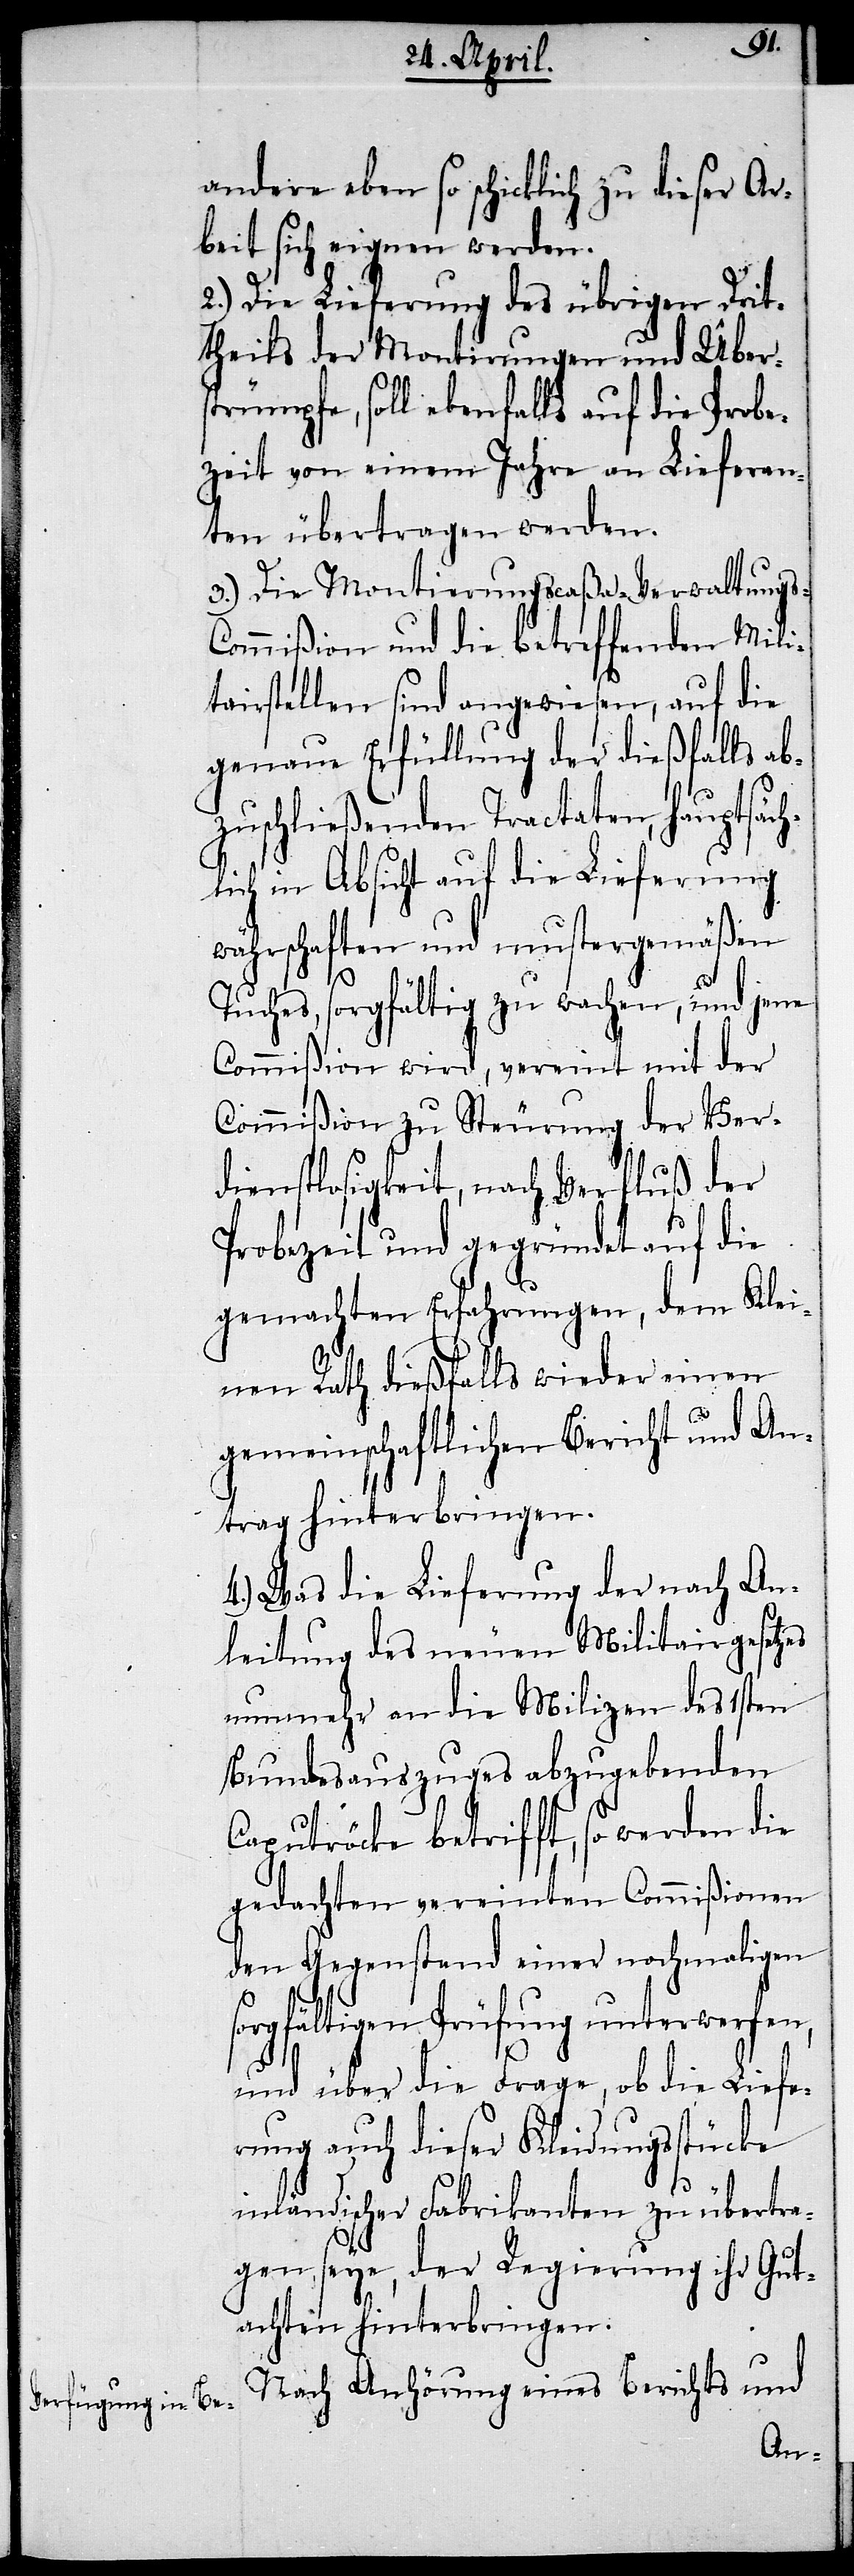
s-C¬
andere eben so schicklich zu dieser Ar¬
beit sich eignen werden.
2.) Die Lieferung des übrigen Drit¬
theils der Montirungen und Übers¬
trümpfe, soll ebenfalls auf die Probe¬
zeit von einem Jahre an Lieferan¬
ten übertragen werden.
3.) Die Montierungscaßa-Verwaltung¬
ommißion und die betreffenden Mili¬
tairstellen sind angewiesen, auf die
genaue Erfüllung der dießfalls ab¬
zuschließenden Tractaten, hauptsäch¬
lich in Absicht auf die Lieferung
währschaften und mustergemäßen
Tuches, sorgfältig zu wachen, und jene
Commißion wird, vereint mit der
Commißion zu Steurung der Ver¬
dienstlosigkeit, nach Verfluß der
Probezeit und gegründet auf die
gemachten Erfahrungen, dem Klei¬
nen Rath dießfalls wieder einen
gemeinschaftlichen Bericht und An¬
trag hinterbringen.
4.) Was die Lieferung der nach An¬
leitung des neuen Militairgesetzes
nunmehr an die Milizen des 1sten
Bundesauszuges abzugebenden
Caputröcke betrifft, so werden die
gedachten vereinten Commißionen
den Gegenstand einer nochmaligen
sorgfältigen Prüfung unterwerfen,
und über die Frage, ob die Liefe¬
rung auch dieser Kleidungsstücke
inländischer Fabrikanten zu übertra¬
gen seye, der Regierung ihr Gut¬
achten hinterbringen.
Nach Anhörung eines Berichts und